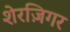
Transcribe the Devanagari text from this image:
शेरज़िगर